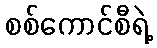
စစ်ကောင်စီရဲ့